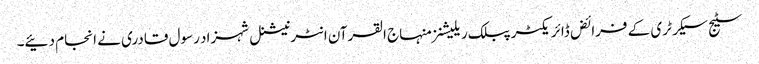
سٹیج سیکرٹری کے فرائض ڈائریکٹر پبلک ریلیشنز منہاج القرآن انٹرنیشنل شہزاد رسول قادری نے انجام دئیے۔